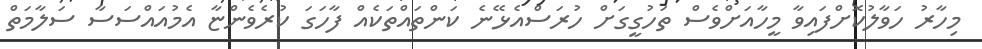
މިހާރު ހަވާލުކޮށްފައިވާ މީހާއަށްވެސް ތަހުގީގަށް ހުރަސްއެޅޭނެ ކަންތައްތަކެއް ފާހަގަ ކުރެވެންޏާ އެމުއައްސަސާ ސަލާމަތް